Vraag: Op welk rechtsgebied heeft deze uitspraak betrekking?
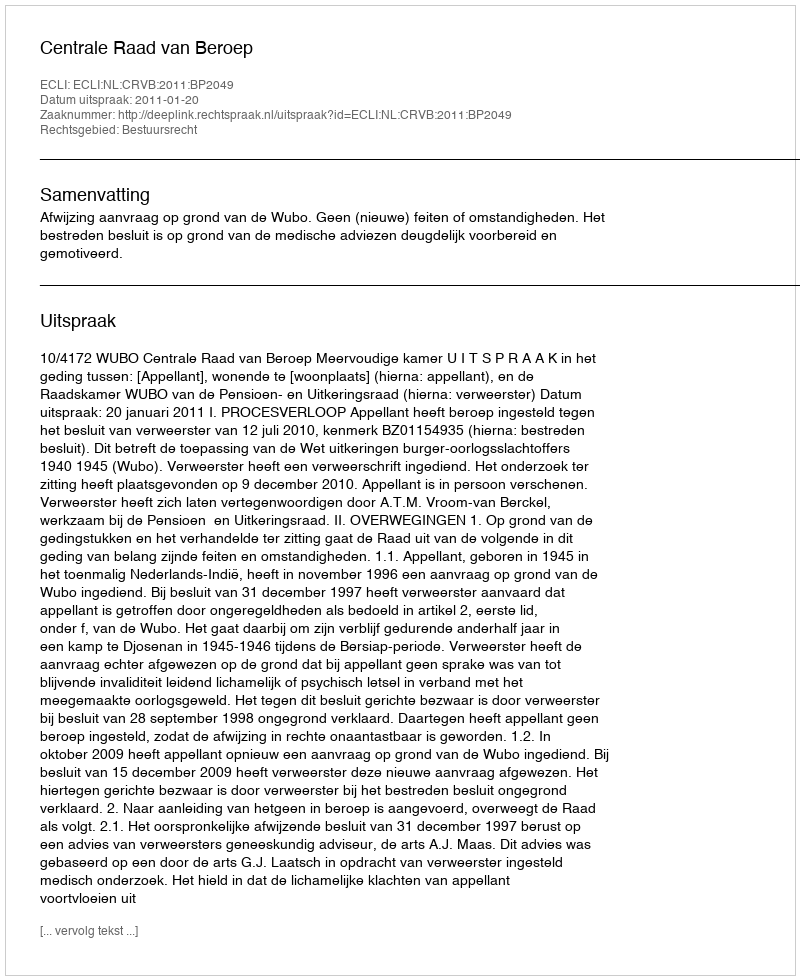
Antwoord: Bestuursrecht